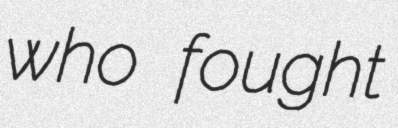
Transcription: who fought